Report on plague in the Punjab from October 1st ... to September 30th ..., being the ... season of plague in the province
Disease focus: Plague
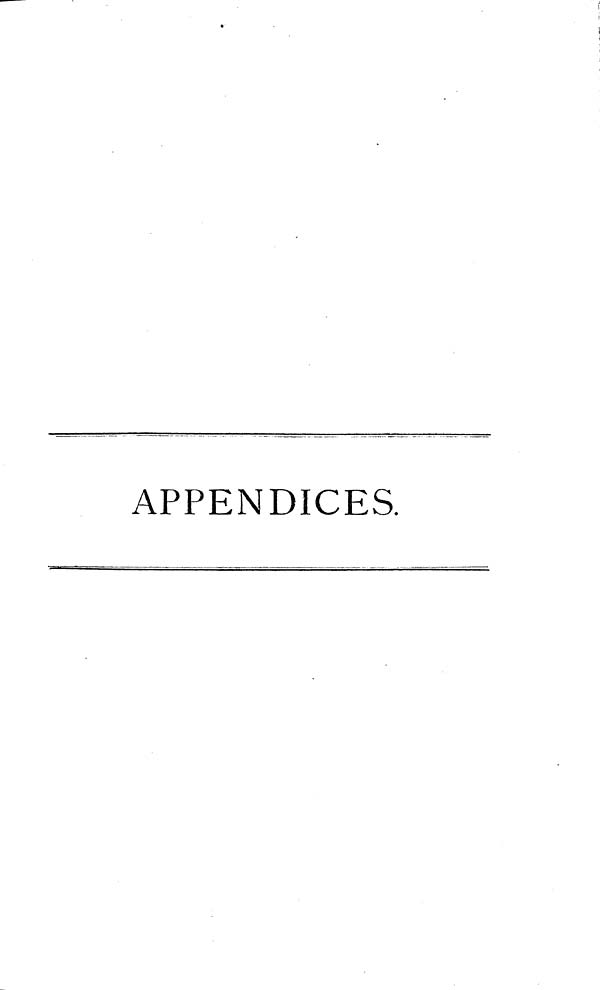
APPENDICES